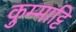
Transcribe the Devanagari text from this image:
कुम्माट्टि